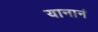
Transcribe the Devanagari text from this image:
यानानं